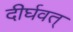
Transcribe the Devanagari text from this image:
दीर्घवत्‌